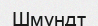
Шмундт